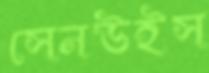
সেনউইস